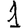
Digit: 1